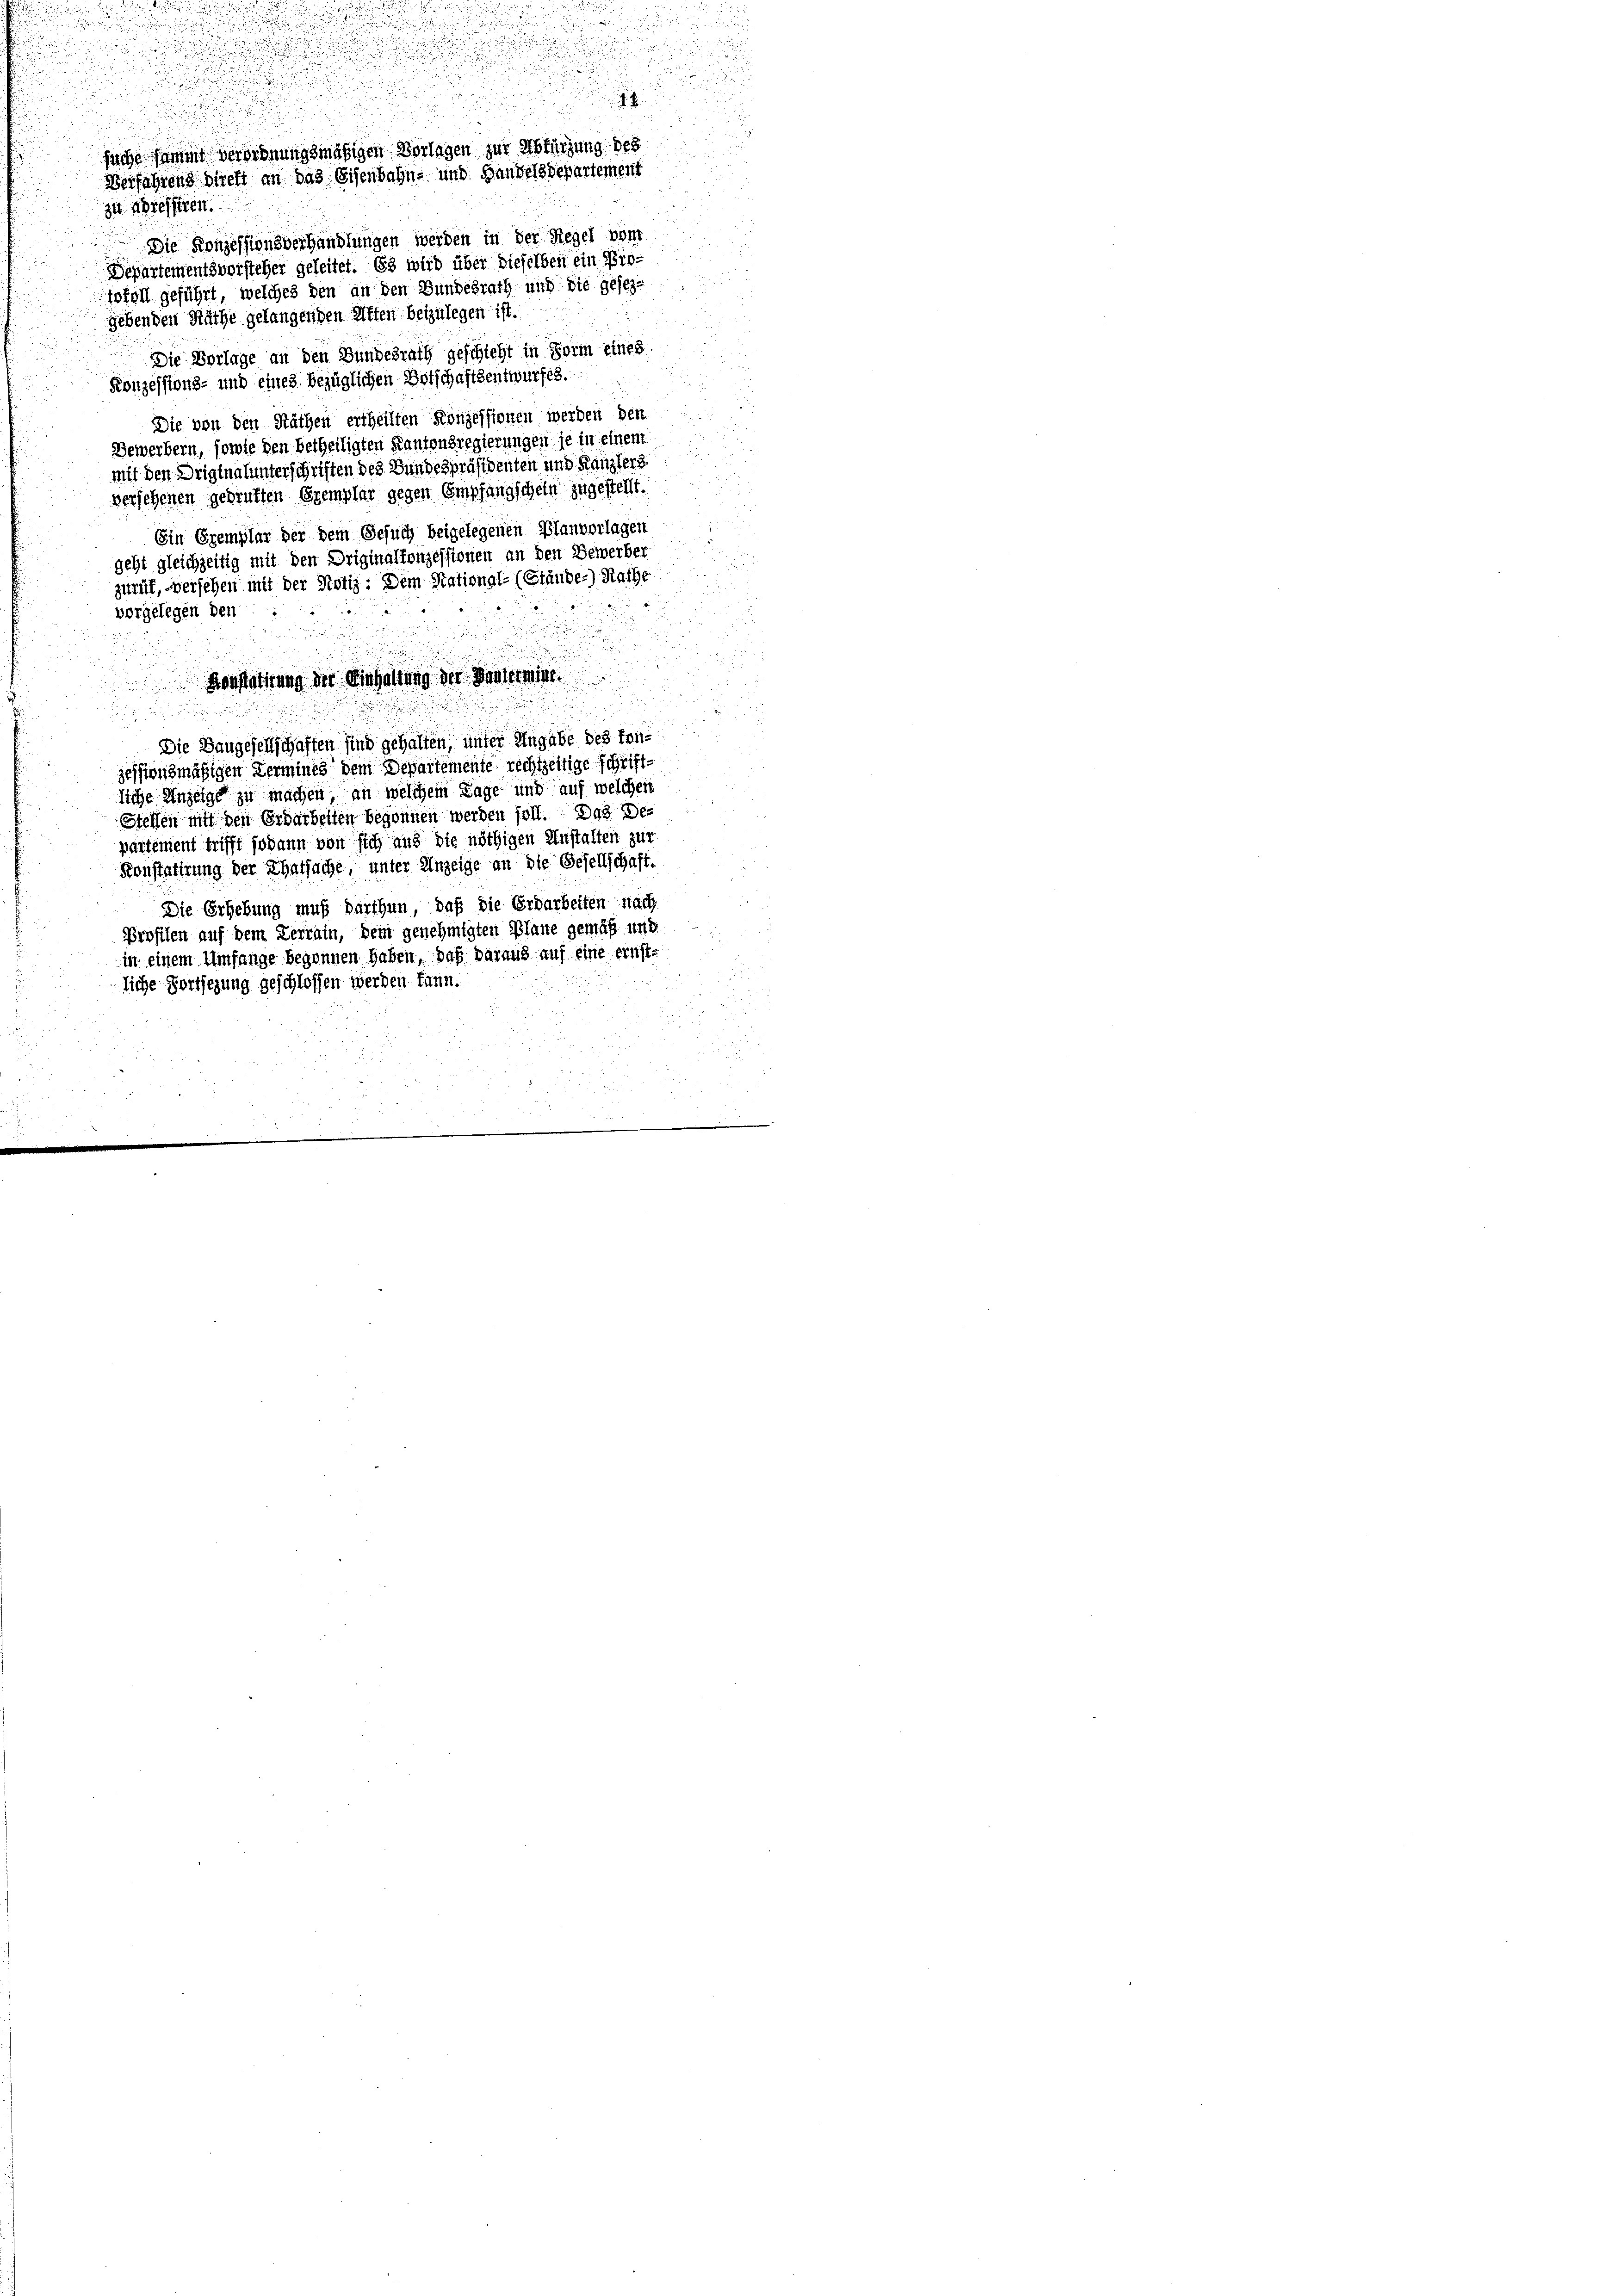
zu treffen.
gebenden Räthe gelangenden Affen beizulegen ist.
Die Vorlage an den Bundesrath geschicht in Form eines
Konzessions- und eines bezüglichen Botschaftsentwurfes.
Die von den Näthen ertheilten Konzessionen werden den
Gewerbern, sowie den betheiligten Kantonsregierungen je in einem
mit den Driginalunterschriften des Bundespräsidenten und Kanzlers
versehenen geprüften Exemplar gegen Empfangschein zugestellt.
Ein Exemplar der dem Gesuch beigelegenen Planvorlagen
geht gleichzeitig mit den Driginalfonzessionen an den Bewerber
zuruf, versehen mit der Notiz: Dem Stationale (Stände) Rathe
vergelegen den
e
Konstatirung der Einhaltung der Bantermine
n

i
Die Baugesellschaffen sind gehalten, unter Angabe des fonjessionsmäßigen Termines dem Departemente rechtzeitige Schriftliche Anzeige zu machen, an welchem Tage und auf welchen
Stellen mit den Erdarbeiten begonnen werden soll. Das Departement trifft sodann von sich aus die nöthigen Anstalten zur
Konstatirung der Thatsache, unter Unzeige an die Gesellschaft.
Die Erhebung muß darthun, daß die Erdarbeiten nach
Profilen auf dem Terrain, Dein genehmigten Plane gemäß und
in einem Umfange begonnen haben, daß daraus auf eine ernstliche Fortsezung geschlossen werden kann.

suche sammt verordnungsmäßigen Vorlagen zur Abfürzung des
Verfahrend direkt an das Eisenbahn- und Handelsdepartement
Die Konzessionsberhandlungen werden in der Regel vom
Departementsvorsteher geleitet. Es wird über dieselben ein Bio-
tofoll geführt, welches den an den Bundesrath und die Gesez¬